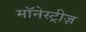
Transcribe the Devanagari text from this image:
मॉनेस्ट्रीज़